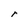
Character: r